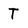
Character: T